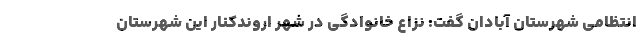
انتظامی شهرستان آبادان گفت: نزاع خانوادگی در شهر اروندکنار این شهرستان